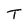
Character: T